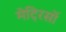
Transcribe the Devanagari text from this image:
मेट्रिसों